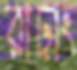
রাঢ়াং